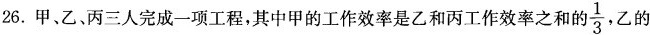
26.甲、乙，丙三人完成一项工程，其中甲的工作效率是乙和丙工作效率之和的 \frac{1}{3},乙的